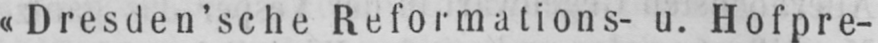
«Dresden’sche Reformations- u. Hofpre-